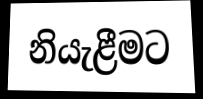
නියැළීමට